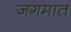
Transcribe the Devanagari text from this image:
जगमात